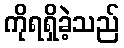
ကိုရရှိခဲ့သည်